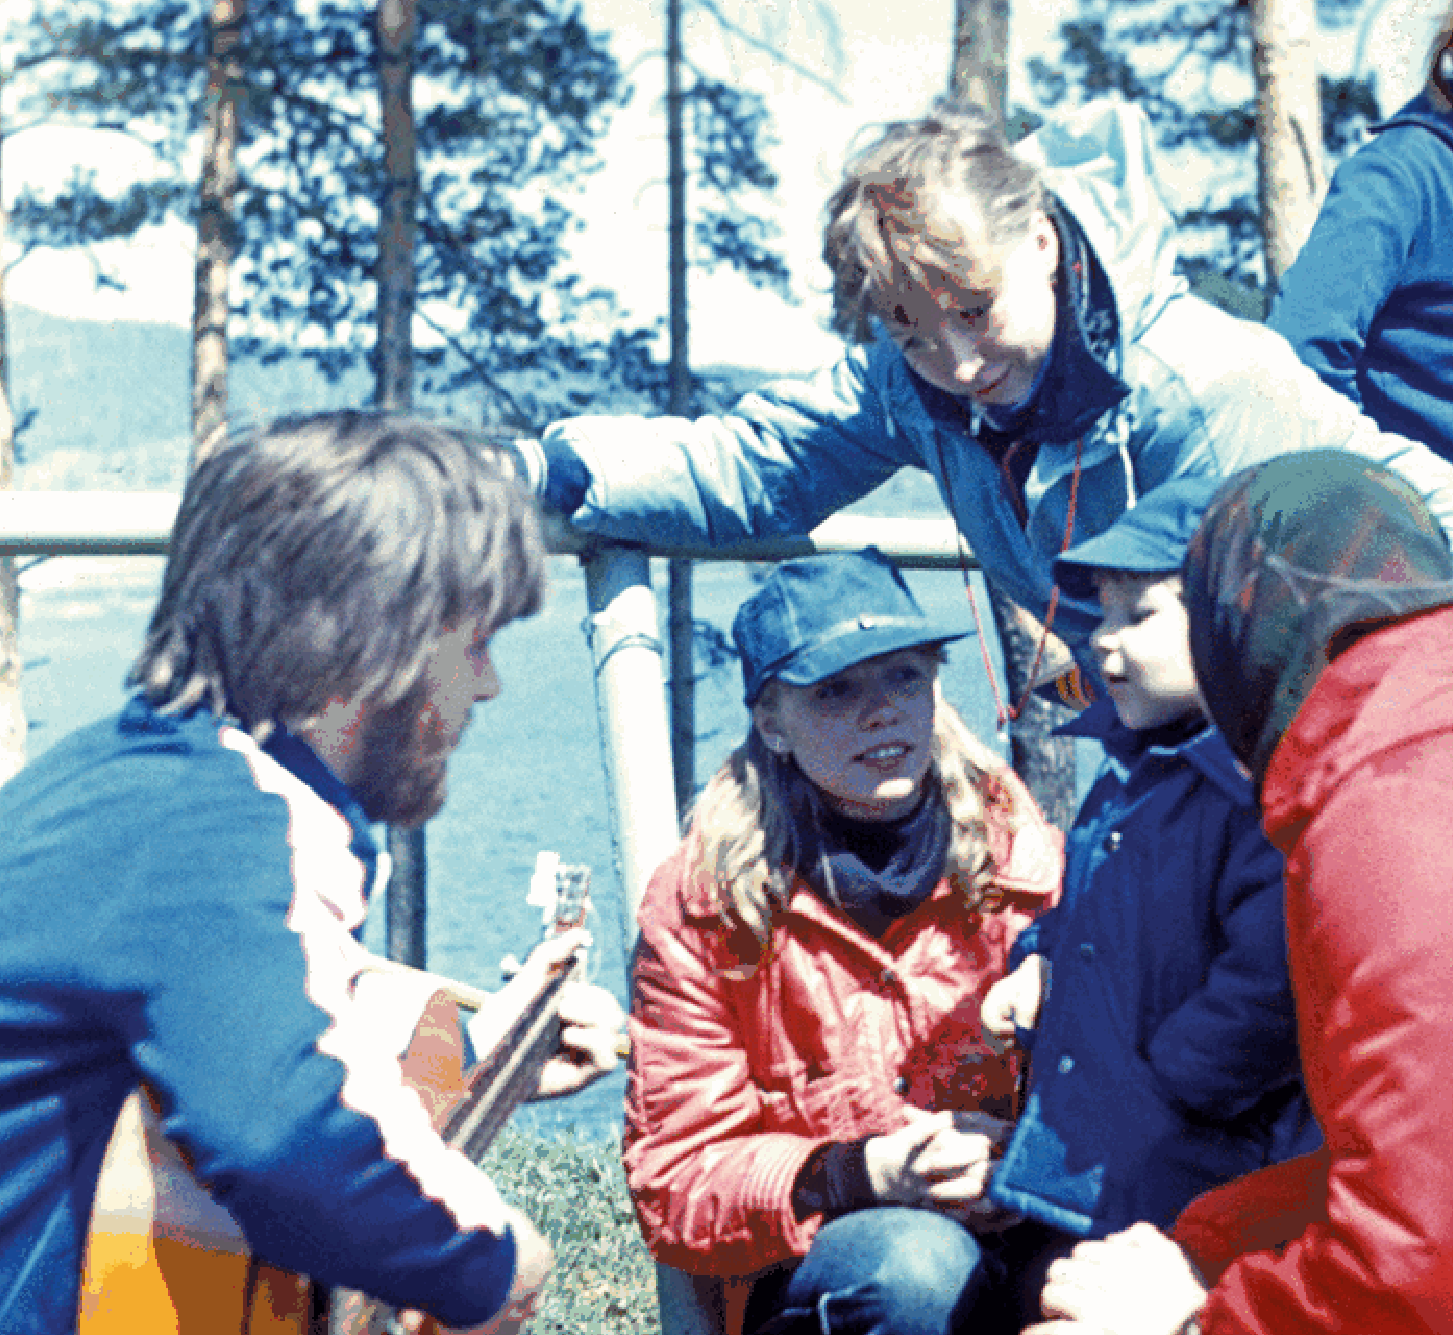
22                                                                                       23